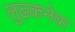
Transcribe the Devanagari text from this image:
लुढ़कनेवा